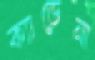
ক্যাডেনা